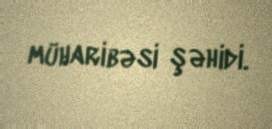
müharibəsi şəhidi.